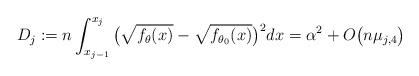
LaTeX: \begin{align*}D_j:=n\int_{x_{j-1}}^{x_j}\big(\sqrt{f_\theta(x)}-\sqrt{f_{\theta_0}(x)}\big)^2 dx= \alpha^2 + O\big( n \mu_{j,4}\big)\end{align*}